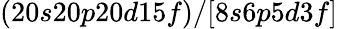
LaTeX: (20s20p20d15f)/[8s6p5d3f]